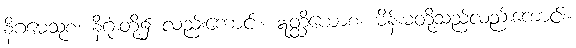
နိဂမေသုစ၊ နိဂုံးတို့၌ လည်းကောင်း။ ဣတ္ထိယောစ၊ မိန်းမတို့သည်လည်းကောင်း။